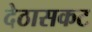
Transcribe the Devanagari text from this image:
देठासकट